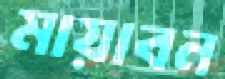
মায়াবন